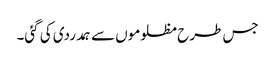
جس طرح مظلوموں سے ہمدردی کی گئی۔